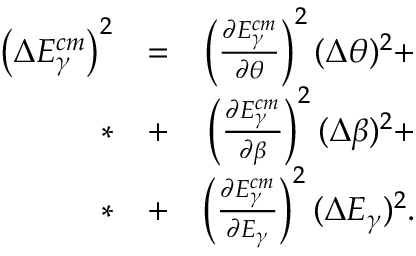
\begin{array} { r l r } { \left( \Delta E _ { \gamma } ^ { c m } \right) ^ { 2 } } & { = } & { \left( \frac { \partial E _ { \gamma } ^ { c m } } { \partial \theta } \right) ^ { 2 } ( \Delta \theta ) ^ { 2 } + } \\ { * } & { + } & { \left( \frac { \partial E _ { \gamma } ^ { c m } } { \partial \beta } \right) ^ { 2 } ( \Delta \beta ) ^ { 2 } + } \\ { * } & { + } & { \left( \frac { \partial E _ { \gamma } ^ { c m } } { \partial E _ { \gamma } } \right) ^ { 2 } ( \Delta E _ { \gamma } ) ^ { 2 } . } \end{array}